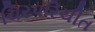
ચિરપરિચીત